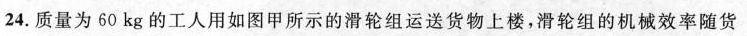
24.质量为60kg的工人用如图甲所示的滑轮组运送货物上楼，滑轮组的机械效率随货